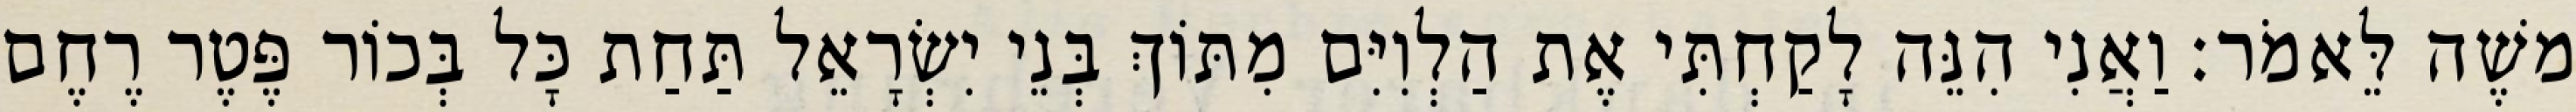
משֶׁה לֵּאמֹר׃ וַאֲנִי הִנֵּה לָקַחְתִּי אֶת הַלְוִיִּם מִתּוֹךְ בְּנֵי יִשְׂרָאֵל תַּחַת כָּל בְּכוֹר פֶּטֶר רֶחֶם